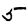
Digit: 5